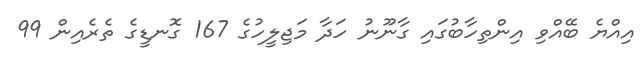
އިއްޔެ ބޭއްވި އިންތިހާބުގައި ގާނޫނު ހަދާ މަޖިލީހުގެ 167 ގޮނޑީގެ ތެރެއިން 99